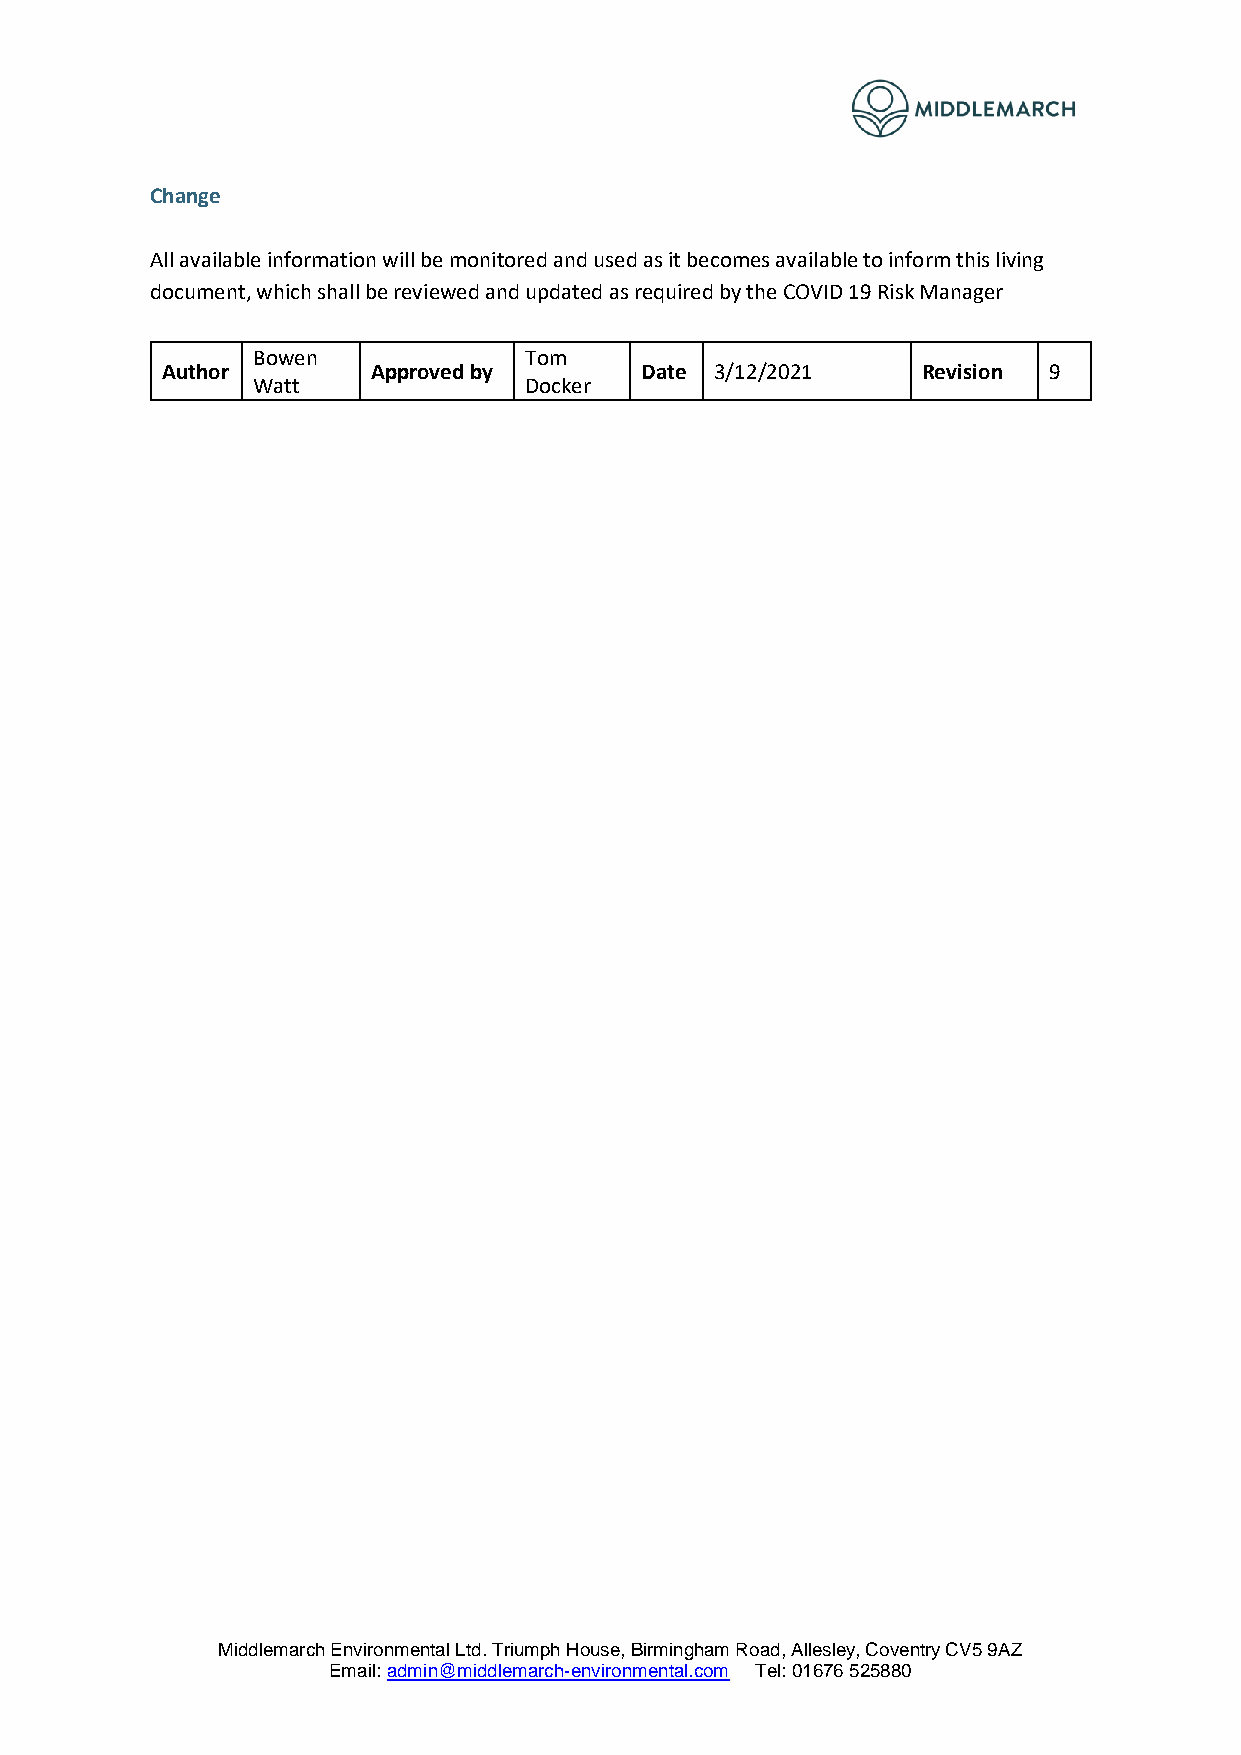
Change
 All available information will be monitored and used as it becomes available to inform this living
 document, which shall be reviewed and updated as required by the COVID 19 Risk Manager
 Bowen             Tom
 Author        Approved by      Date 3/12/2021     Revision 9
 Watt              Docker
 Middlemarch Environmental Ltd. Triumph House, Birmingham Road, Allesley, Coventry CV5 9AZ
 Email: admin@middlemarch-environmental.com Tel: 01676 525880